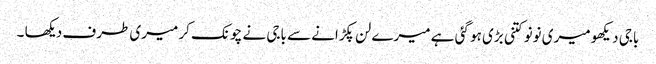
باجی دیکھو میری نونو کتنی بڑی ہو گئی ہے میرے لن پکڑانے سے باجی نے چونک کر میری طرف دیکھا ۔